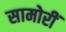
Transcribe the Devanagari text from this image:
सामोरीं